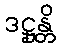
ဒဋ္ဌုန္တိ